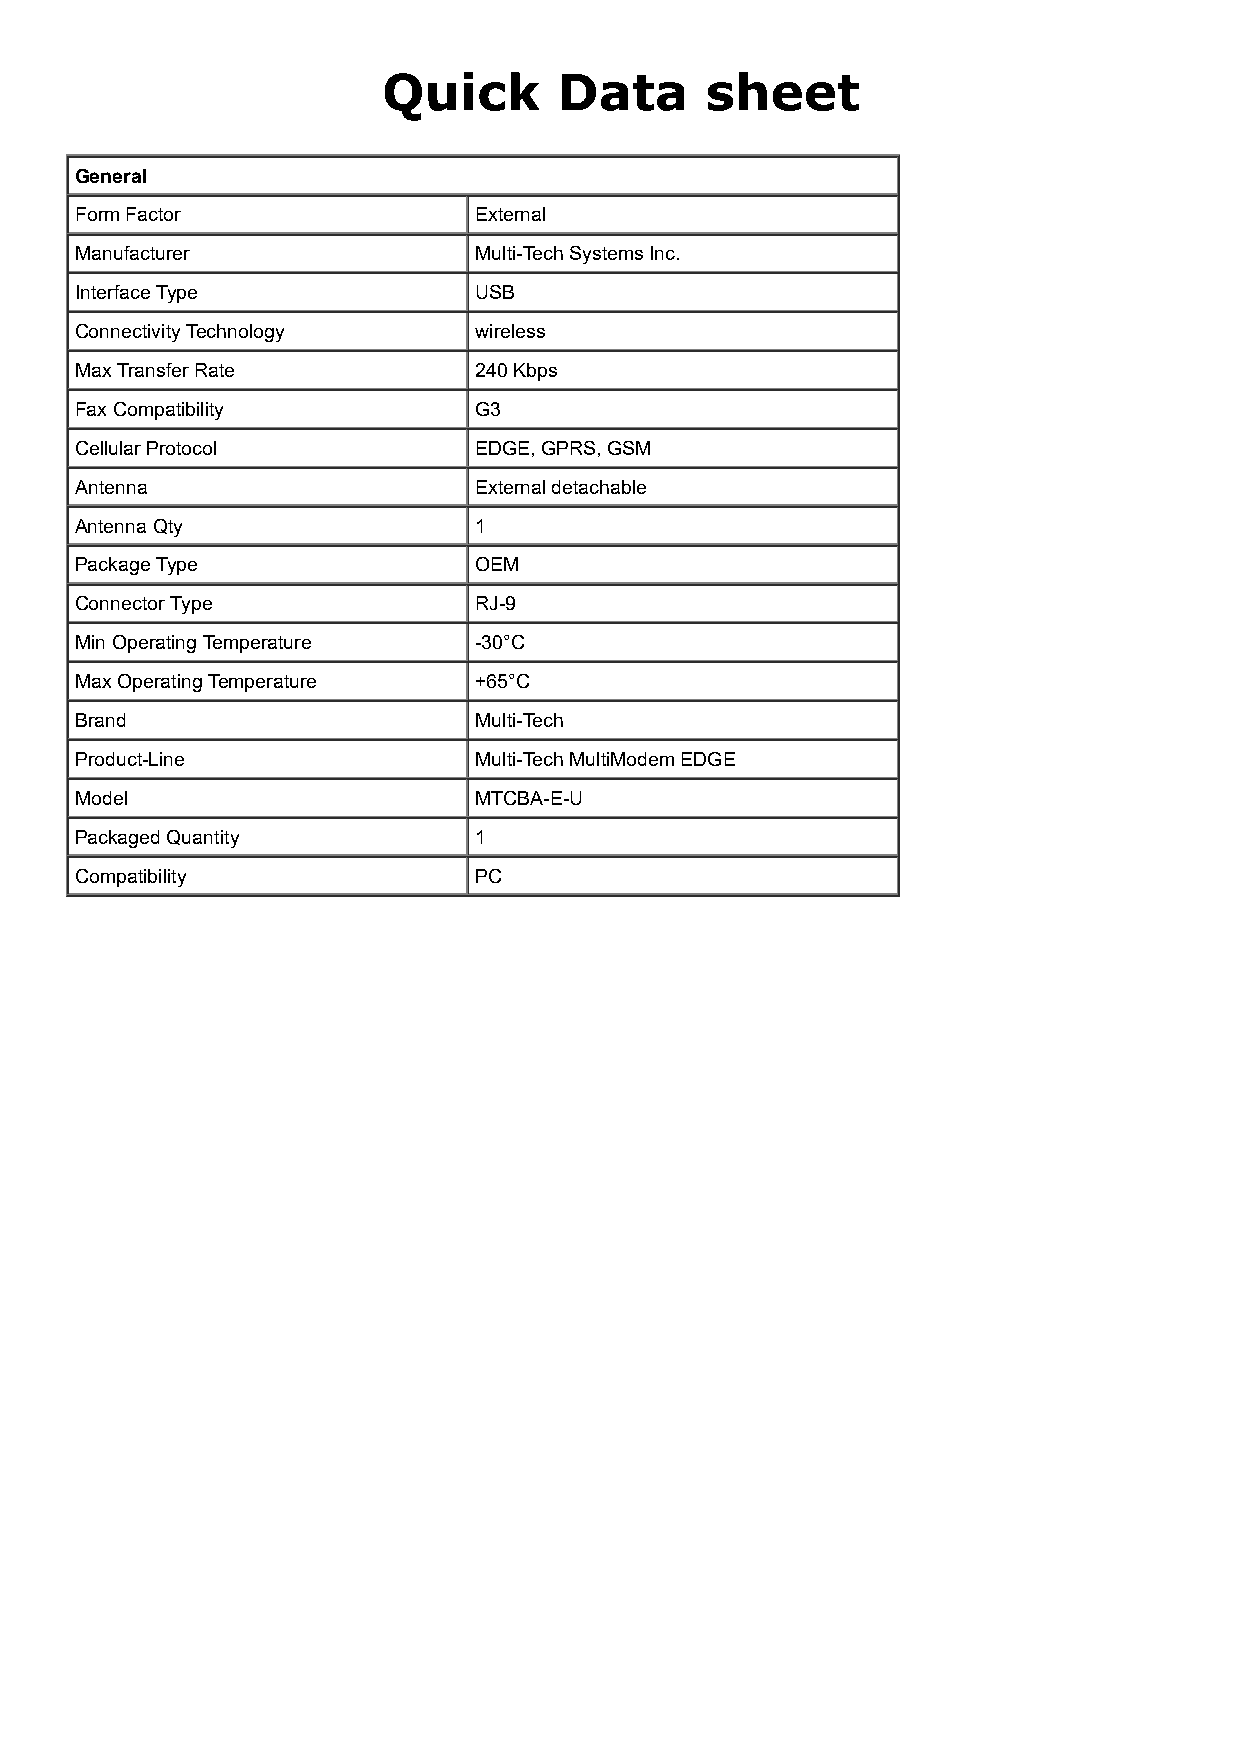
Quick       Data      sheet
 General
 Form Factor               External
 Manufacturer              Multi-Tech Systems Inc.
 Interface Type            USB
 Connectivity Technology   wireless
 Max Transfer Rate         240 Kbps
 Fax Compatibility         G3
 Cellular Protocol         EDGE, GPRS, GSM
 Antenna                   External detachable
 Antenna Qty               1
 Package Type              OEM
 Connector Type            RJ-9
 Min Operating Temperature -30°C
 Max Operating Temperature +65°C
 Brand                     Multi-Tech
 Product-Line              Multi-Tech MultiModem EDGE
 Model                     MTCBA-E-U
 Packaged Quantity         1
 Compatibility             PC